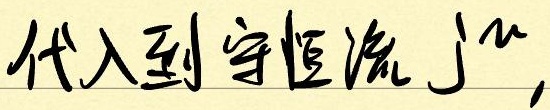
代入到守恒流\(j^{\mu}\)，